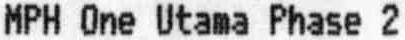
MPH ONE UTAMA PHASE 2